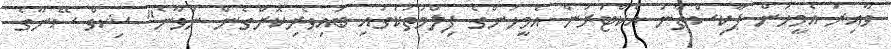
ވާއިރު އެމީހުން ޕާކިސްތާނު އެކްޓަރުން އެމީހުންގެ ފިލްމުތަކުގައި ބައިވެރިކޮށްގެން ނުވާނެ" ޝިވް ސޭނާގެ